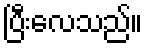
ပြီးလေသည်။